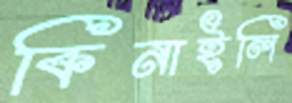
কিনাইলি